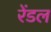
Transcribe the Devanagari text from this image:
रेंडल